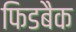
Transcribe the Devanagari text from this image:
फिडबैक